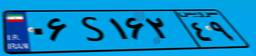
۰۶S۱۶۲۴۹